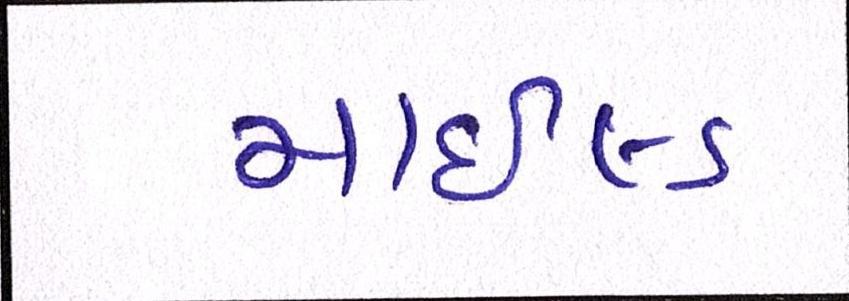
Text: માઇલ્ડ